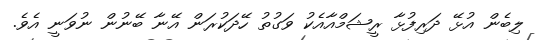
ލިބެން އުޅޭ ދަރިފުޅާ ރީޝަމްއާއެކު ވަގުތު ހޭދަކުރަން އޭނާ ބޭނުން ނުވަނީ އެވެ.